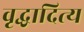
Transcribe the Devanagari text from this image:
वृद्धादित्य